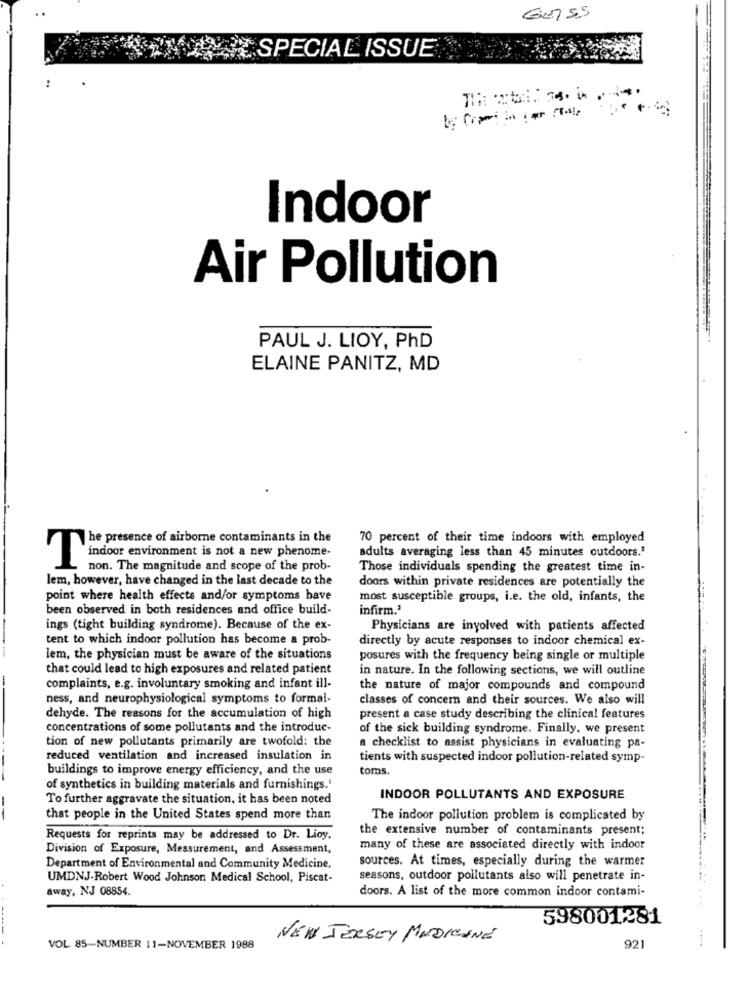
SPECIAL ISSUE
Indoor
Air Pollution
PAUL J. LIOY, PhD
ELAINE PANITZ, MD
The presence of airborne contaminants in the
70 percent of their time indoors with employed
adults averaging less than 45 minutes outdoors.'
indoor environment is not a new phenome-
non. The magnitude and scope of the prob-
Those individuals spending the greatest time in-
lem, however, have changed in the last decade to the
doors within private residences are potentially the
point where health effects and/or symptoms have
most susceptible groups, i.e. the old, infants, the
been observed in both residences and office build-
infirm.'
ings (tight building syndrome). Because of the ex-
Physicians are involved with patients affected
tent to which indoor pollution has become a prob-
directly by acute responses to indoor chemical ex-
lem, the physician must be aware of the situations
posures with the frequency being single or multiple
that could lead to high exposures and related patient
in nature. In the following sections, we will outline
complaints, e.g. involuntary smoking and infant ill-
the nature of major compounds and compound
ness, and neurophysiological symptoms to forma !-
classes of concern and their sources. We also will
dehyde. The reasons for the accumulation of high
present a case study describing the clinical features
concentrations of some pollutants and the introduc-
of the sick building syndrome. Finally, we present
tion of new pollutants primarily are twofold: the
a checklist to assist physicians in evaluating pa-
reduced ventilation and increased insulation in
tients with suspected indoor pollution-related symp-
buildings to improve energy efficiency, and the use
toms.
of synthetics in building materials and furnishings.'
To further aggravate the situation, it has been noted
INDOOR POLLUTANTS AND EXPOSURE
that people in the United States spend more than
The indoor pollution problem is complicated by
the extensive number of contaminants present;
Requests for reprints may be addressed to Dr. Lioy.
Division of Exposure, Measurement, and Assessment,
many of these are associated directly with indoor
sources. At times, especially during the warmer
Department of Environmental and Community Medicine,
UMDNJ-Robert Wood Johnson Medical School, Piscat-
seasons, outdoor pollutants also will penetrate in-
away, NJ 08854.
doors. A list of the more common indoor contami-
598001281
NEW JERSEY MEDICINE
VOL 85-NUMBER 11-NOVEMBER 1988
921